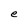
Character: e